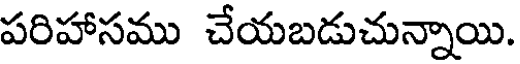
పరిహాసము చేయబడుచున్నాయి.